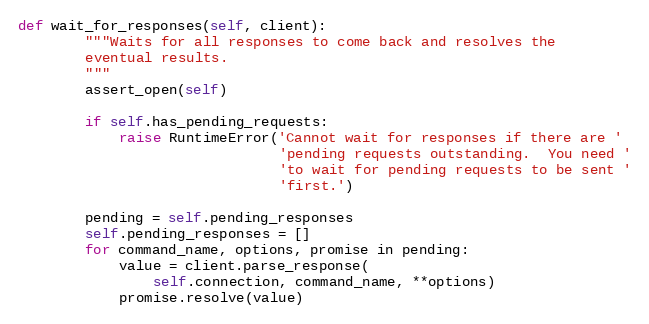
Language: Python
def wait_for_responses(self, client):
        """Waits for all responses to come back and resolves the
        eventual results.
        """
        assert_open(self)

        if self.has_pending_requests:
            raise RuntimeError('Cannot wait for responses if there are '
                               'pending requests outstanding.  You need '
                               'to wait for pending requests to be sent '
                               'first.')

        pending = self.pending_responses
        self.pending_responses = []
        for command_name, options, promise in pending:
            value = client.parse_response(
                self.connection, command_name, **options)
            promise.resolve(value)